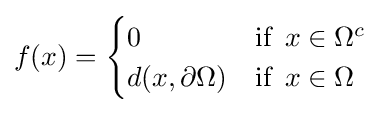
f(x)={\begin{cases}0&{\text{if }}\,x\in \Omega ^{c}\\d(x,\partial \Omega )&{\text{if }}\,x\in \Omega \end{cases}}